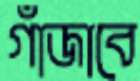
গাঁজাবে